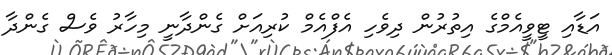
އަޑާއި ޓީވީއެމްގެ އިތުރުން ދިވެހި އެފްއެމް ކުރިއަށް ގެންދާނީ މިހާރު ވެސް ގެންދާ